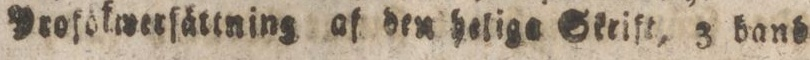
Yroföfwerfåttning af den helige Skrift, 3 band